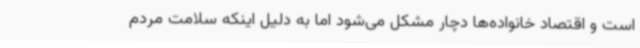
است و اقتصاد خانواده‌ها دچار مشکل می‌شود اما به دلیل اینکه سلامت مردم